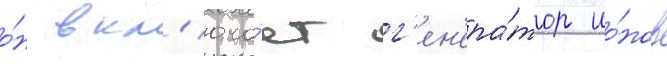
о́н вкл'юча́ет г'ен'ера́тор ио́нов